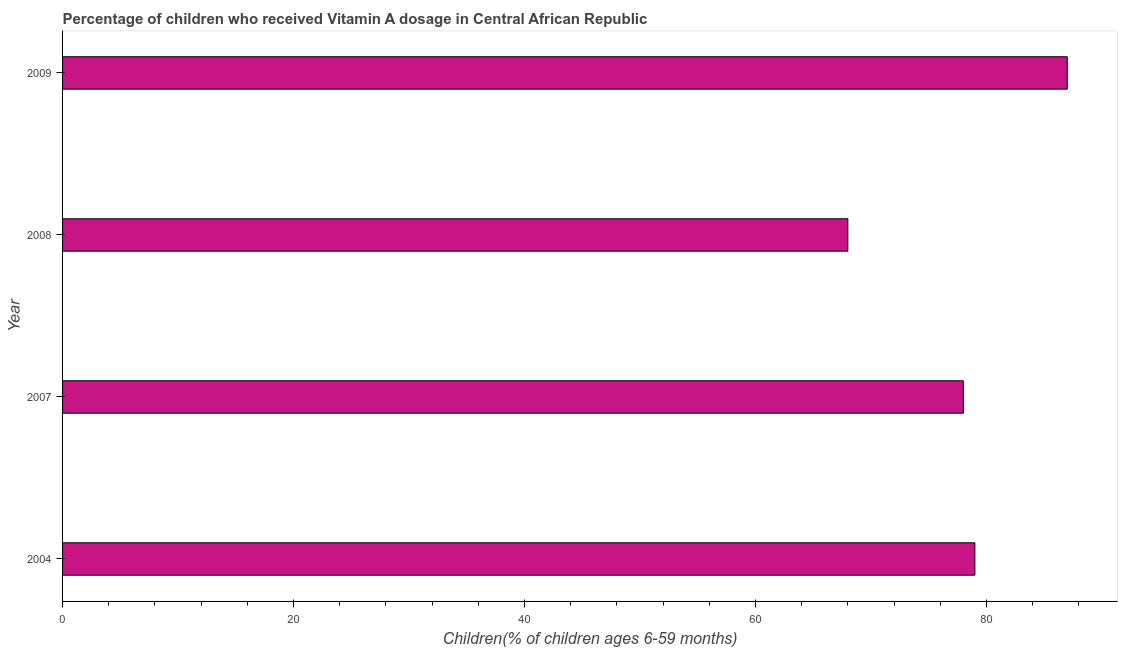
| Year | Vitamin A supplementation coverage rate  |
 | --- | --- |
 | 2004 | 79 |
 | 2007 | 78 |
 | 2008 | 68 |
 | 2009 | 87 |